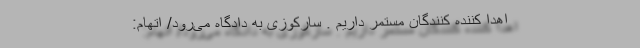
اهدا کننده کنندگان مستمر داریم . سارکوزی به دادگاه می‌رود/ اتهام: